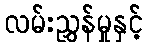
လမ်းညွှန်မှုနှင့်